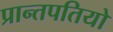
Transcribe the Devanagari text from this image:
प्रान्तपतियो